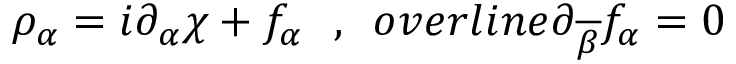
\rho _ { \alpha } = i \partial _ { \alpha } \chi + f _ { \alpha } \ \ , \ \, o v e r l i n e { \partial } _ { \overline { { { \beta } } } } f _ { \alpha } = 0